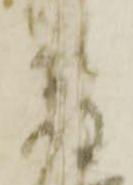
宿